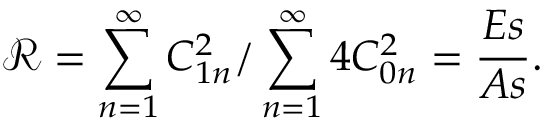
{ \mathcal R } = \sum _ { n = 1 } ^ { \infty } C _ { 1 n } ^ { 2 } / \sum _ { n = 1 } ^ { \infty } 4 C _ { 0 n } ^ { 2 } = \frac { E s } { A s } .